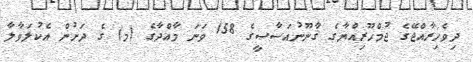
ދިވެހިރާއްޖޭގެ ޖުމްހޫރިއްޔާގެ ޤާނޫނުއަސާސީގެ 158 ވަނަ މާއްދާގެ (މ) ގެ ދަށުން އެކުލަވާލާ